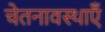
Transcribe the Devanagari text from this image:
चेतनावस्थाएँ